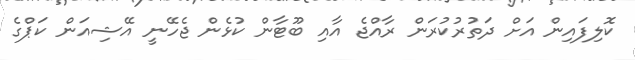
ކޮލިފައިން އަށް ދަތުރުކުރަން ރާއްޖެ އާއި ބޫޓާން ކުޅެން ޖެހޭނީ އޭޝިއަން ކަޕްގެ